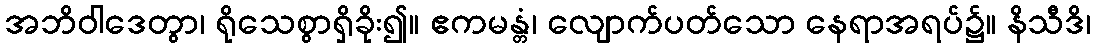
အဘိဝါဒေတွာ၊ ရိုသေစွာရှိခိုး၍။ ဧကမန္တံ၊ လျောက်ပတ်သော နေရာအရပ်၌။ နိသီဒိ၊